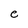
Character: e